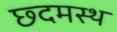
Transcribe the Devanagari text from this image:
छ्दमस्थ